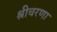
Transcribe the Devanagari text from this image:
श्रीचरणा